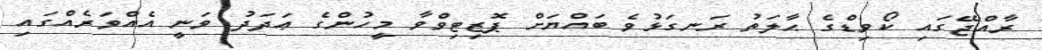
ރާއްޖޭގައި ކޯވިޑްގެ ޙާލަތު ރަނގަޅުވެ ބައްޔަށް ޕޮޒިޓިވްވާ މީހުންގެ ޢަދަދު ވަނީ އެއްވަރެއްގައި